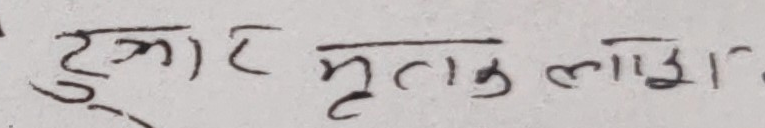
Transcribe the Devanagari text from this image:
टुक्रा मृतुक लाईझा